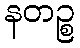
နတဉ္စ